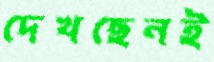
দেখছেনই